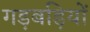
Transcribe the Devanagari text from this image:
गड़बड़ियों